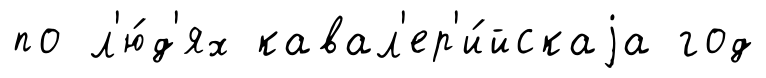
по л'ю́д'ях кавал'ер'и́йскаjа год